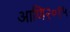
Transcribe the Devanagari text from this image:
आणि२०१५